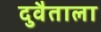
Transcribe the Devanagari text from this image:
दुवैताला